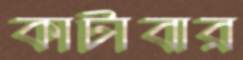
কাটাবার